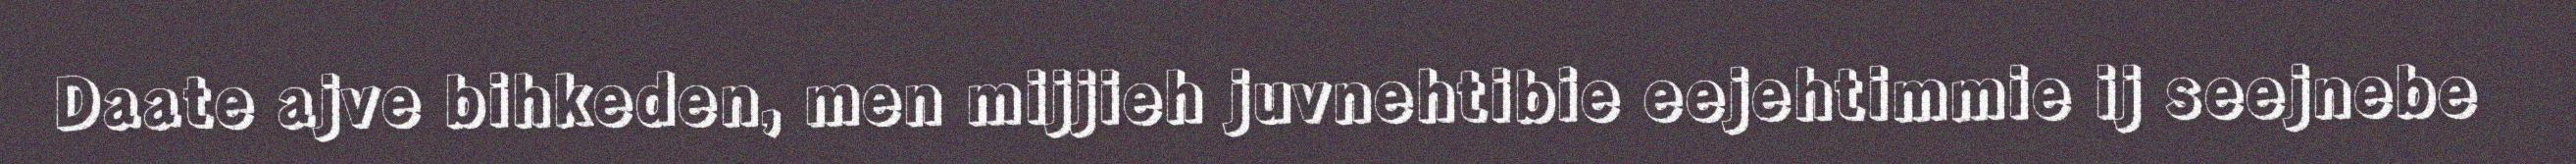
Daate ajve bihkeden, men mijjieh juvnehtibie eejehtimmie ij seejnebe